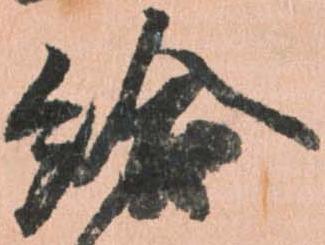
給